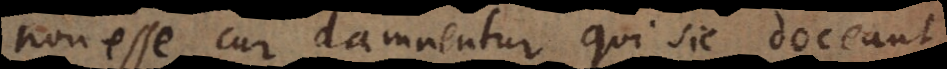
non esse cur damnentur qui sic doceant,